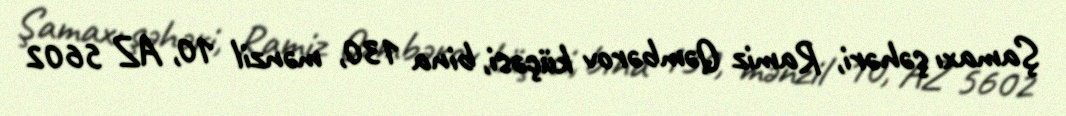
Şamaxı şəhəri, Ramiz Qəmbərov küçəsi, bina 130, mənzil 10, AZ 5602